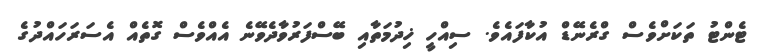
ޓެންޓު ތަކަށްވެސް ގްރެނޭޑް އުކާފައެވެ. ސިއްހީ ޚިދުމަތާއި ބޭސްފަރުވާދެވޭނެ އެއްވެސް ގޮތެއް އެސަރަހައްދުގެ